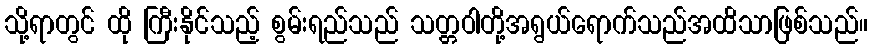
သို့ရာတွင် ထို ကြီးနိုင်သည့် စွမ်းရည်သည် သတ္တဝါတို့အရွယ်ရောက်သည်အထိသာဖြစ်သည်။